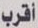
أقرب